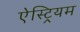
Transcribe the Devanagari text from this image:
ऐस्ट्रियम